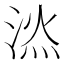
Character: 𣷇